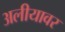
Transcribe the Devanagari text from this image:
अलीयावर